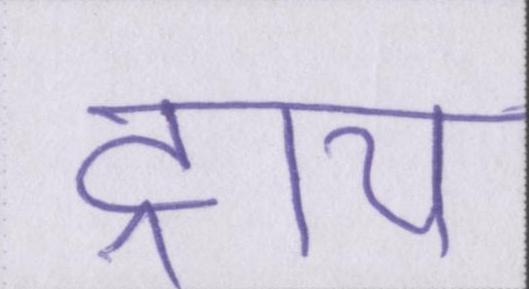
ट्राय